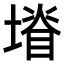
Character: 𭏩